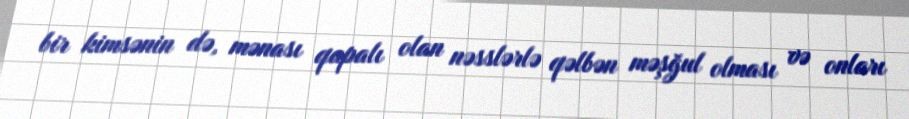
bir kimsənin də, mənası qapalı olan nəsslərlə qəlbən məşğul olması və onları